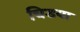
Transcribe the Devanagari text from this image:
चिडया